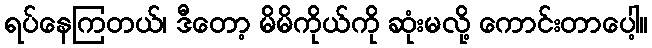
ရပ်နေကြတယ်၊ ဒီတော့ မိမိကိုယ်ကို ဆုံးမလို့ ကောင်းတာပေါ့။